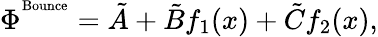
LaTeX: \Phi^{^\mathrm{Bounce}}=\tilde{A}+\tilde{B}f_{1}(x)+\tilde{C}f_{2}(x),